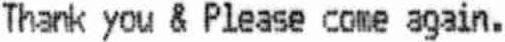
THANK YOU & PLEASE COME AGAIN.